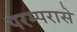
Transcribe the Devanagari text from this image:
परम्परासे